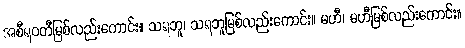
အစီရဝတီမြစ်လည်းကောင်း။ သရဘူ၊ သရဘူမြစ်လည်းကောင်း။ မဟီ၊ မဟီမြစ်လည်းကောင်း။